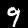
Label: 9